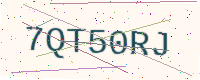
Text: 7QT50RJ